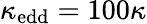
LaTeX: \kappa_{\mathrm{edd}}=100\kappa